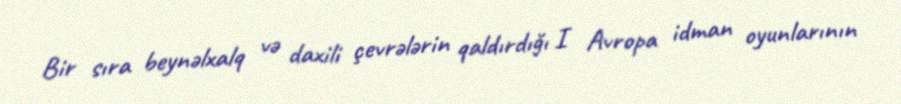
Bir sıra beynəlxalq və daxili çevrələrin qaldırdığı I Avropa idman oyunlarının